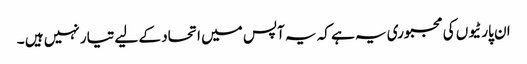
ان پارٹیوں کی مجبوری یہ ہے کہ یہ آپس میں اتحاد کے لیے تیار نہیں ہیں ۔